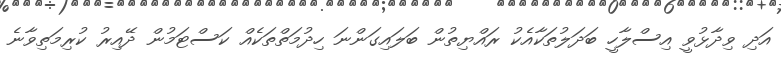
އަދި ވިދާޅުވީ އިސްލާހީ ބަދަލުތަކާއެކު ރައްޔިތުން ބަލައިގަންނަ ހިދުމަތްތަކެއް ކަސްޓަމުން ދޭއިރު ކުރިމަތިވާނެ